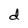
Character: d